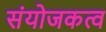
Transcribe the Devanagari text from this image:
संयोजकत्व